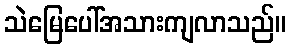
သဲမြေပေါ်အသားကျလာသည်။